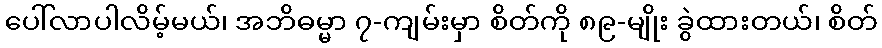
ပေါ်လာပါလိမ့်မယ်၊ အဘိဓမ္မာ ၇-ကျမ်းမှာ စိတ်ကို ၈၉-မျိုး ခွဲထားတယ်၊ စိတ်